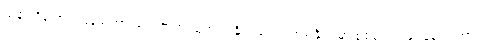
ညွှန်းကိန်းအရ မြန်မာဟာ သယံဇာတ ထွက်တဲ့ နိုင်ငံပေါင်း ၈၉ နိုင်ငံမှာ စုစုပေါင်း ရေနံနဲ့ သဘာဝ